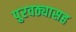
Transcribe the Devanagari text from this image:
पुरवठ्यासह